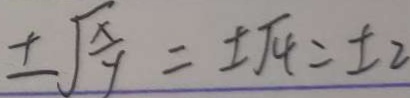
\pm \sqrt { \frac { x } { y } } = \pm \sqrt { 4 } = \pm 2